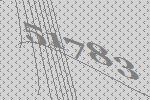
51783